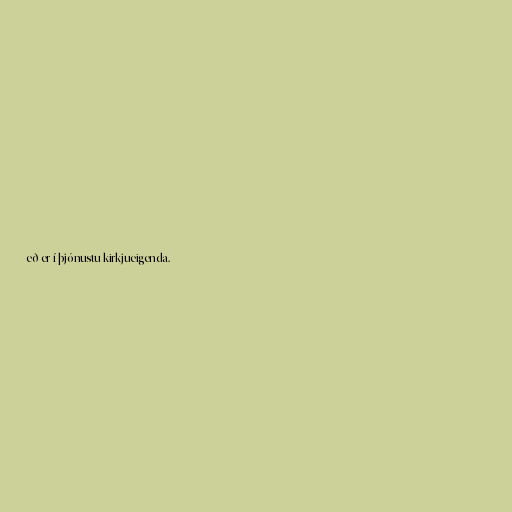
eð er í þjónustu kirkjueigenda.